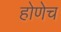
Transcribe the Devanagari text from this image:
होणेच